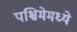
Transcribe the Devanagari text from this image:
पश्चिमेमध्ये